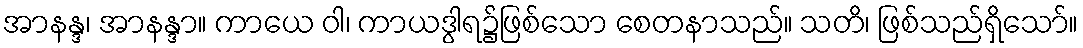
အာနန္ဒ၊ အာနန္ဒာ။ ကာယေ ဝါ၊ ကာယဒွါရ၌ဖြစ်သော စေတနာသည်။ သတိ၊ ဖြစ်သည်ရှိသော်။